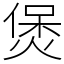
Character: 煲